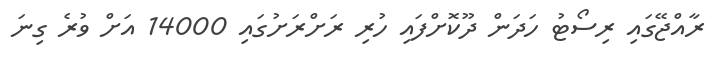
ރާއްޖޭގައި ރިސޯޓު ހަދަން ދޫކޮށްފައި ހުރި ރަށްރަށުގައި 14000 އަށް ވުރެ ގިނަ